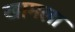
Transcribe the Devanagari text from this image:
खामला